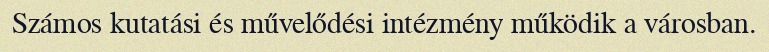
Számos kutatási és művelődési intézmény működik a városban.